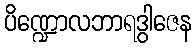
ပိဏ္ဍောလဘာရဒွါဇေန